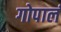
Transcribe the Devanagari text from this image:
गोपालं